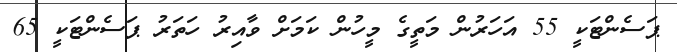
ޕަސެންޓަކީ 55 އަހަރުން މަތީގެ މީހުން ކަމަށް ވާއިރު ހަތަރު ޕަސެންޓަކީ 65